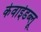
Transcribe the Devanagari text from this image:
केवाईडब्लू